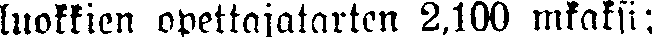
luokkien opettajatarten 2,100 mkaksi;